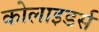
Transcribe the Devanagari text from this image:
कोलाइडर्स